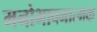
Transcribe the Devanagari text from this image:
मनोभावनात्मक